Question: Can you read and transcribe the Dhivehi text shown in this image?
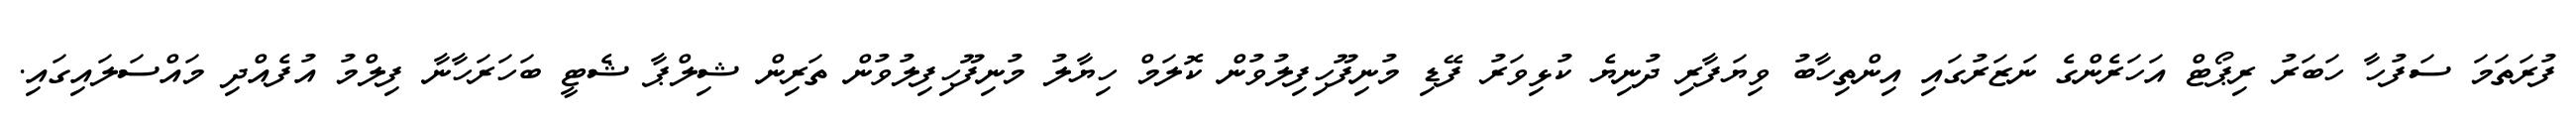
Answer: ފުރަތަމަ ސަފުހާ ހަބަރު ރިޕޯޓް އަހަރެންގެ ނަޒަރުގައި އިންތިހާބު ވިޔަފާރި ދުނިޔެ ކުޅިވަރު ފޭޑި މުނިފޫހިފިލުވުން ކޮލަމް ހިޔާލު މުނިފޫހިފިލުވުން ތަރިން ޝިލްޕާ ޝެޓީ ބަހަރަހާނާ ފިލްމު އުފެއްދި މައްސަލައިގައި.